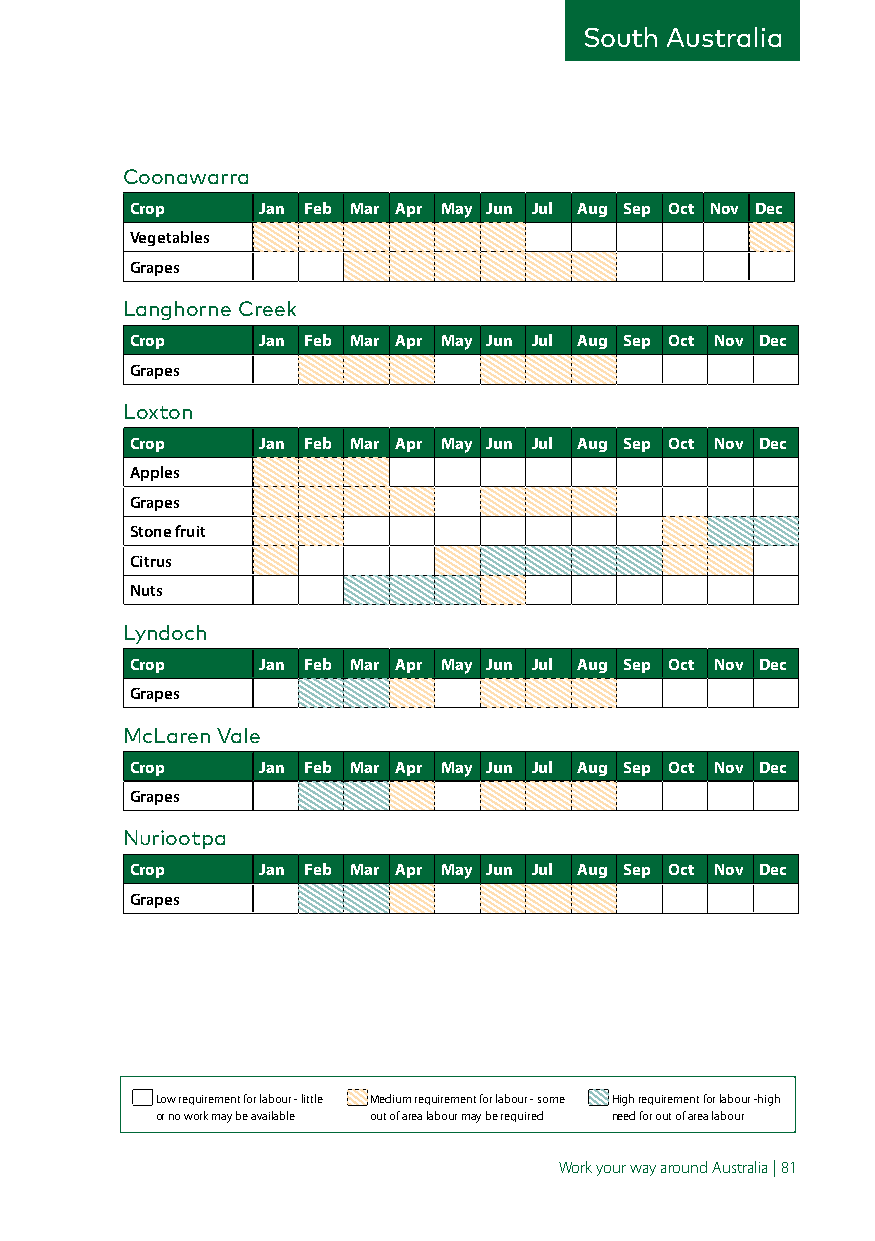
South Australia
 Coonawarra
 Crop    Jan Feb Mar Apr May Jun Jul Aug Sep Oct Nov Dec
 Vegetables
 Grapes
 Langhorne Creek
 Crop    Jan Feb Mar Apr May Jun Jul Aug Sep Oct Nov Dec
 Grapes
 Loxton
 Crop    Jan Feb Mar Apr May Jun Jul Aug Sep Oct Nov Dec
 Apples
 Grapes
 Stone fruit
 Citrus
 Nuts
 Lyndoch
 Crop    Jan Feb Mar Apr May Jun Jul Aug Sep Oct Nov Dec
 Grapes
 McLaren Vale
 Crop    Jan Feb Mar Apr May Jun Jul Aug Sep Oct Nov Dec
 Grapes
 Nuriootpa
 Crop    Jan Feb Mar Apr May Jun Jul Aug Sep Oct Nov Dec
 Grapes
 Low requirement for labour - little Medium requirement for labour - some High requirement for labour -high
 or no work may be available out of area labour may be required need for out of area labour
 Work your way around Australia | 81